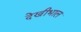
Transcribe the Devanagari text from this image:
देखीभाल